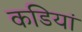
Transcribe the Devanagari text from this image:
कडियां